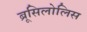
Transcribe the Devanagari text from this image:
ब्रूसिलोलिस